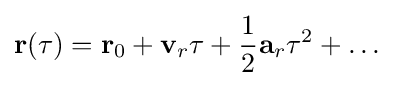
\mathbf {r} (\tau )=\mathbf {r} _{0}+\mathbf {v} _{r}\tau +{\frac {1}{2}}\mathbf {a} _{r}\tau ^{2}+\ldots